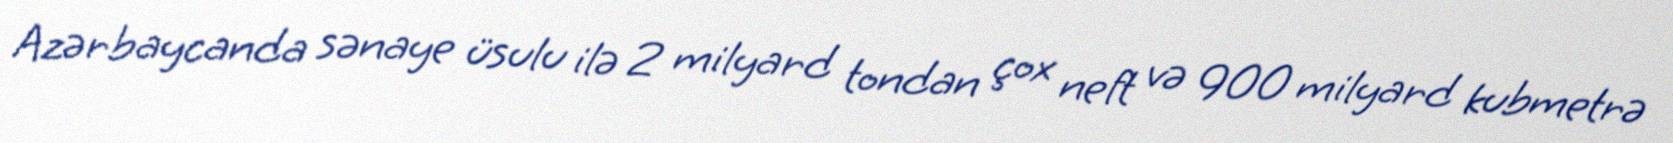
Azərbaycanda sənaye üsulu ilə 2 milyard tondan çox neft və 900 milyard kubmetrə